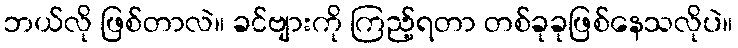
ဘယ်လို ဖြစ်တာလဲ။ ခင်ဗျားကို ကြည့်ရတာ တစ်ခုခုဖြစ်နေသလိုပဲ။